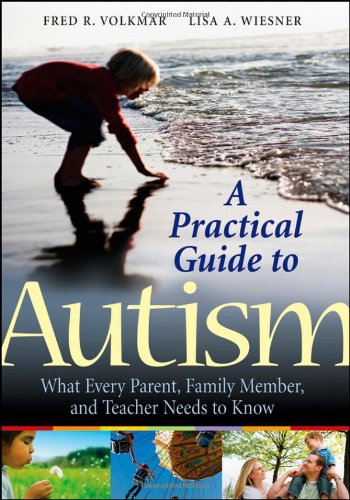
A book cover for A Practical Guide to Autism: What Every Parent, Family Member, and Teacher Needs to Know; Fred R. Volkmar; Parenting & Relationships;